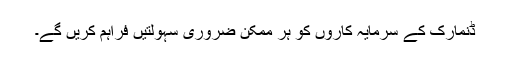
ڈنمارک کے سرمایہ کاروں کو ہر ممکن ضروری سہولتیں فراہم کریں گے۔